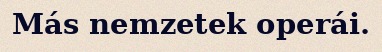
Más nemzetek operái.